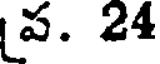
ప. 24